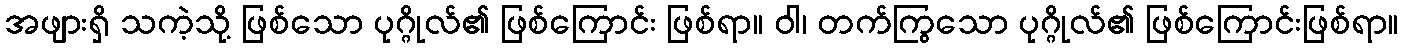
အဖျားရှိ သကဲ့သို့ ဖြစ်သော ပုဂ္ဂိုလ်၏ ဖြစ်ကြောင်း ဖြစ်ရာ။ ဝါ၊ တက်ကြွသော ပုဂ္ဂိုလ်၏ ဖြစ်ကြောင်းဖြစ်ရာ။